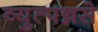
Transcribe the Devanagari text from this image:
व्युत्पन्नसे